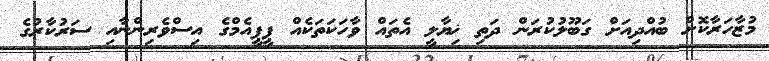
މުޒާހަރާކޮށް ބުއްދިއަށް ގަބޫލުކުރަން ދަތި ޚިޔާލީ އެތައް ވާހަކަތަކެއް ޕީޕީއެމްގެ އިސްވެރިންނާއި ސަރުކާރުގެ